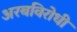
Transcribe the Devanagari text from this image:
अरबविरोधी